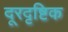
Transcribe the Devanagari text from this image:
दूरदृष्टिक